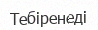
Тебіренеді